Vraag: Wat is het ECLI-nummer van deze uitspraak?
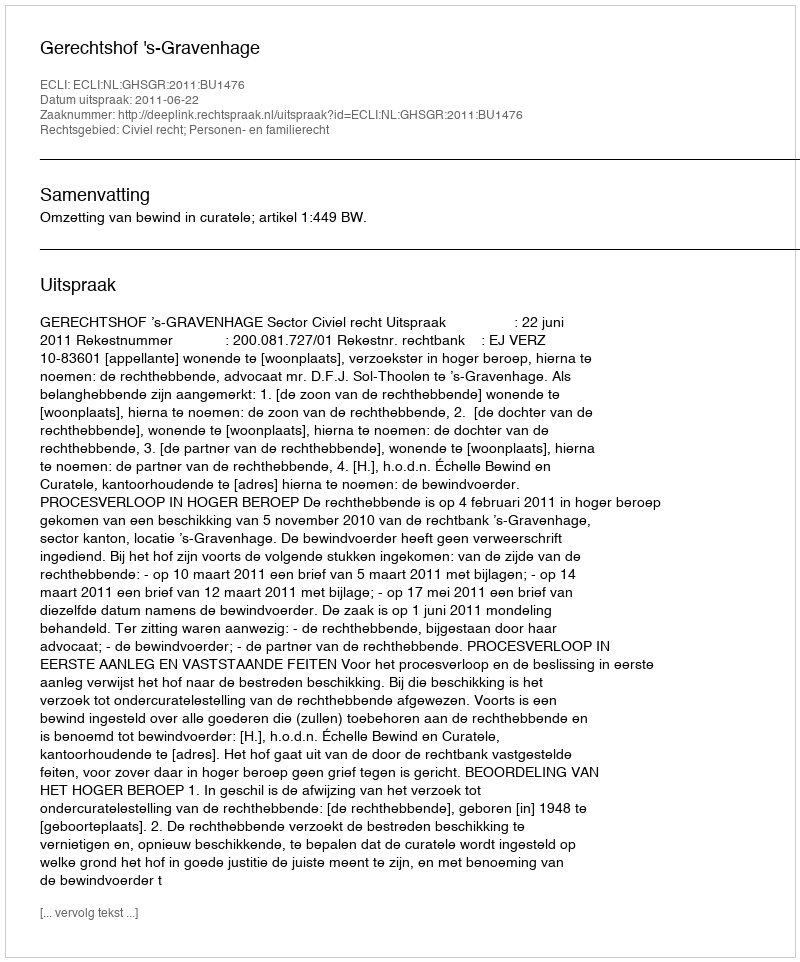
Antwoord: ECLI:NL:GHSGR:2011:BU1476